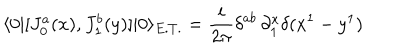
LaTeX: \langle 0 | [ J _ { 0 } ^ { a } ( x ) , J _ { 1 } ^ { b } ( y ) ] | 0 \rangle _ { E . T . } = \frac { i } { 2 \pi } \delta ^ { a b } \, \partial _ { 1 } ^ { x } \delta ( x ^ { 1 } - y ^ { 1 } )